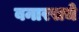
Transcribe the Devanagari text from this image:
बनारसचे